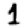
Digit: 1